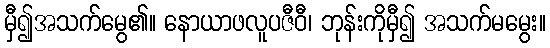
မှီ၍အသက်မွေ၏။ နောယာဖလူပဇီဝီ၊ ဘုန်းကိုမှီ၍ အသက်မမွေး။